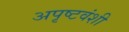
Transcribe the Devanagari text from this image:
अपृष्टवंशी